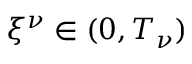
{ \xi ^ { \nu } } \in ( 0 , T _ { \nu } )